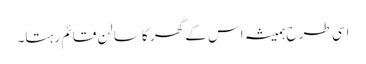
اسی طرح ہمیشہ اس کے گھر کا سالن قائم رہتا۔